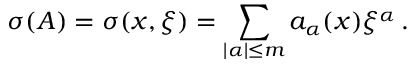
\sigma ( A ) = \sigma ( x , \xi ) = \sum _ { | \alpha | \leq m } a _ { \alpha } ( x ) { \xi } ^ { \alpha } \, .